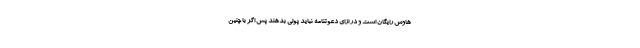
هاوس رایگان است و در ازای دعوتنامه نباید پولی بدهند پس اگر با چنین